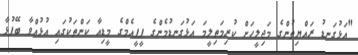
"އަޅުގަނޑު ރައްޔިތުންގެ މަޖިލީހަށް ކުރިމަތިލީމަ އަޅުގަނޑުމެންގެ ޕީޕީއެމްގެ މީޑިއާ ކަންތަކުގައި އުޅުއްވާ ބޭފުޅާ